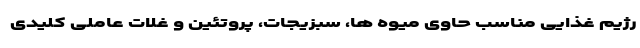
رژیم غذایی مناسب حاوی میوه ها، سبزیجات، پروتئین و غلات عاملی کلیدی